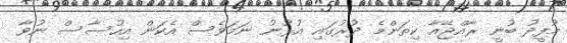
މުފީދު ބުނީ ރާއްޖޭއާ ކިތަންމެ ދުރުގައި އުޅުނު ނަމަވެސް އެކަން އިހުސާސް ނުވާ